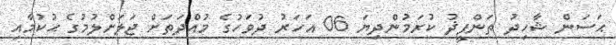
ޙަސަން ޝާހިދު ތަންފީޛު ކުރަމުންދިޔަ 06 އަހަރު ދުވަހުގެ މުއްދަތަށް ޖަލަށްލުމުގެ ޙުކުމާއި